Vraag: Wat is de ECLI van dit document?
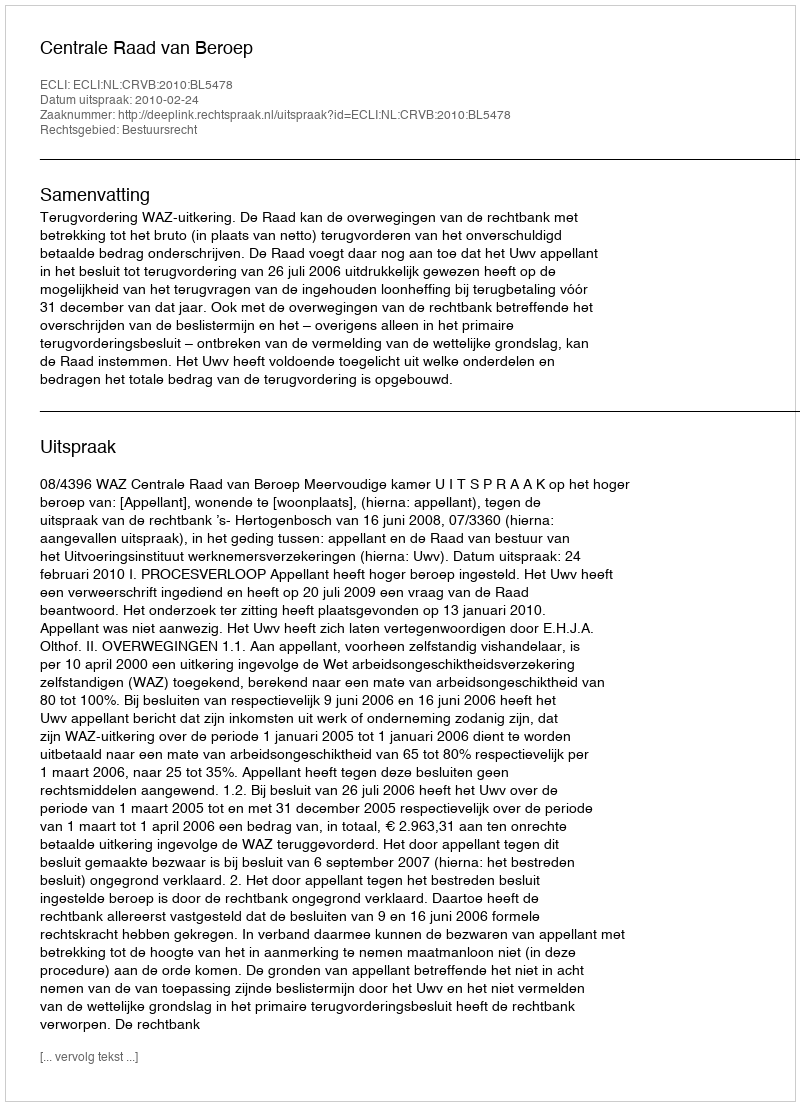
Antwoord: ECLI:NL:CRVB:2010:BL5478